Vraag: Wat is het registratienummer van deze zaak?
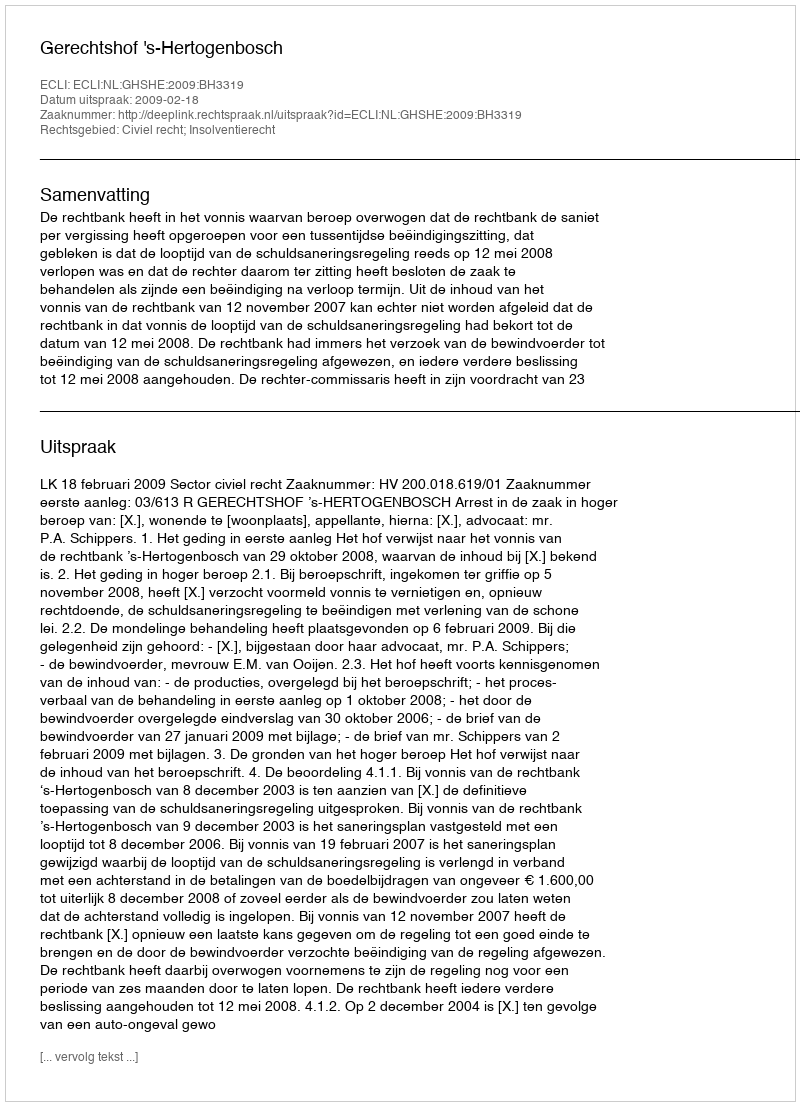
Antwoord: http://deeplink.rechtspraak.nl/uitspraak?id=ECLI:NL:GHSHE:2009:BH3319